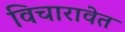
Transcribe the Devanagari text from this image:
विचारावेत